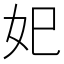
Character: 𡚱